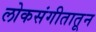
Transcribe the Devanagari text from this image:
लोकसंगीतातून